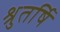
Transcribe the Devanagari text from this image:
श्रुतर्षि